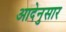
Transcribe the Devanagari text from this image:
आदेनुसार